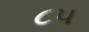
૮૫